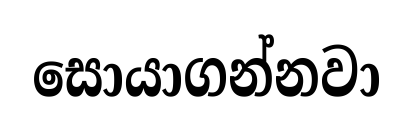
සොයාගන්නවා